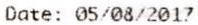
DATE: 05/08/2017